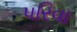
પરિવા